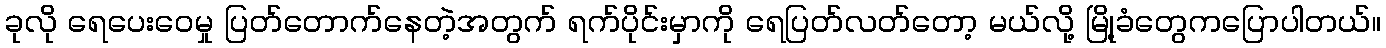
ခုလို ရေပေးဝေမှု ပြတ်တောက်နေတဲ့အတွက် ရက်ပိုင်းမှာကို ရေပြတ်လတ်တော့ မယ်လို့ မြို့ခံတွေကပြောပါတယ်။